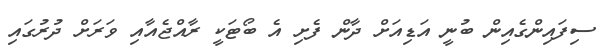
ސިފައިންގެއިން ބުނީ އަޑިއަށް ދާން ފެށި އެ ބޯޓަކީ ރާއްޖެއާއި ވަރަށް ދުރުގައި